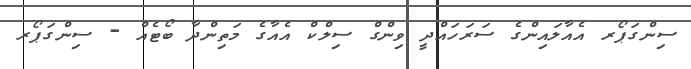
ސިންގަޕޯރ އެއާލައިންގެ ސަރަހައްދީ ވިންގް ސިލްކް އެއާގެ މަތިންދާ ބޯޓެއް - ސިންގަޕޯރ